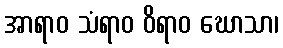
အာရာဝ သံရာဝ ဝိရာဝ ဃောသာ၊